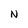
Character: N